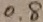
0 . 8